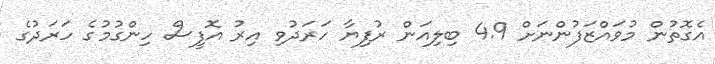
އެގޮތުން މުވައްޒަފުންނަށް 4.9 ބިލިއަން ރުފިޔާ ހަރަދުވި އިރު އޮފީސް ހިންގުމުގެ ހަރަދުގެ